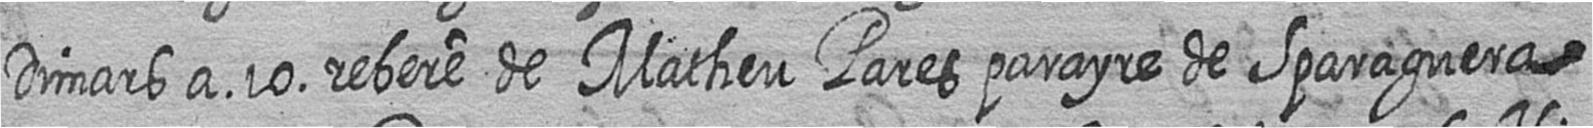
Dimars a 10 rebere de Matheu Pares parayre de Sparaguera